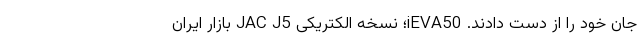
جان خود را از دست دادند. iEVA50؛ نسخه الکتریکی JAC J5 بازار ایران